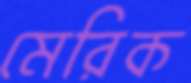
মেরিক